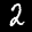
Label: 2